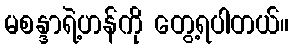
မစန္ဒာရဲ့ဟန်ကို တွေ့ရပါတယ်။